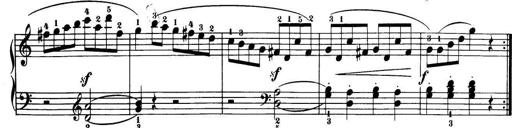
Title: 32 Sonatinas and Rondos for the Piano
Composer: Richard Kleinmichel